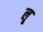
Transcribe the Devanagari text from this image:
लृ्